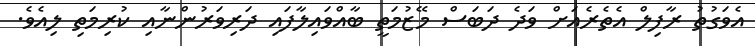
އެވަގުތު ރާފިލް އެތެރެއަށް ވަދެ ދަބަސް މޭޒުމަތީ ބާއްވައިލާފައި ދަރިވަރުންނާއި ކުރިމަތި ލިއެވެ.